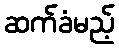
ဆက်ခံမည့်